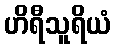
ဟိရီသူရိယံ